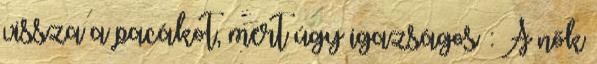
vissza a pacákot, mert úgy igazságos : A nők